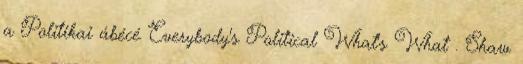
a Politikai ábécé Everybody's Political What's What . Shaw